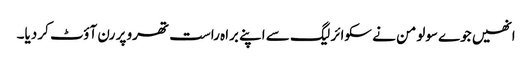
انھیں جوے سولومن نے سکوائر لیگ سے اپنے براہ راست تھرو پر رن آؤٹ کر دیا۔